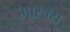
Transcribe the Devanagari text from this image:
मास्क्स